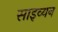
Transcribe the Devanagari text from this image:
साइव्यन